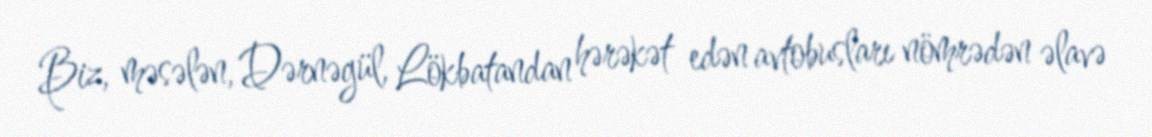
Biz, məsələn, Dərnəgül, Lökbatandan hərəkət edən avtobusları nömrədən əlavə